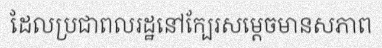
ដែលប្រជាពលរដ្ឋនៅក្បែរសម្តេចមានសភាព